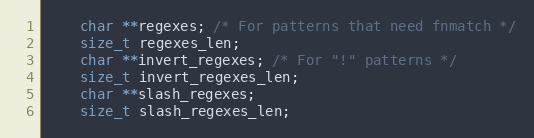
Language: C
    char **regexes; /* For patterns that need fnmatch */
    size_t regexes_len;
    char **invert_regexes; /* For "!" patterns */
    size_t invert_regexes_len;
    char **slash_regexes;
    size_t slash_regexes_len;